画像に写った文字を読んでください
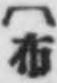
「〔布」と書いてあります